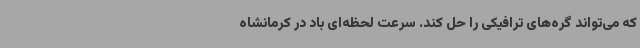
که می‌تواند گره‌های ترافیکی را حل کند. سرعت لحظه‌ای باد در کرمانشاه